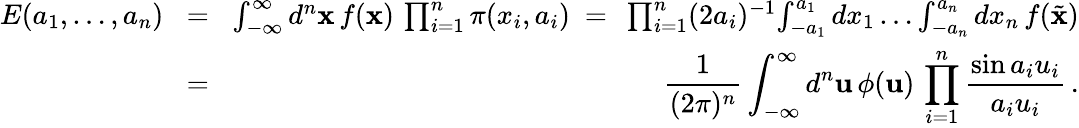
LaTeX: \begin{array}{rlr}{E(a_{1},\dots,a_{n})}&{\! =\! }&{\int_{-\infty}^{\infty}d^{n}{\mathbf x}\, f({\mathbf x})\, \prod_{i=1}^{n}\pi(x_{i},a_{i})\ =\ \prod_{i=1}^{n}(2a_{i})^{-1}\! \int_{-a_{1}}^{a_{1}}dx_{1}\dots\int_{-a_{n}}^{a_{n}}dx_{n}\, f(\tilde{\mathbf x})}\\ &{\! =\! }&{{\displaystyle{\frac{1}{(2\pi)^{n}}}\int_{-\infty}^{\infty}d^{n}{\mathbf u}\, \phi({\mathbf u})\, \prod_{i=1}^{n}{\frac{\sin a_{i}u_{i}}{a_{i}u_{i}}}\, .}}\end{array}